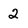
Character: 2